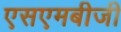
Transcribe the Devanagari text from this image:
एसएमबीजी